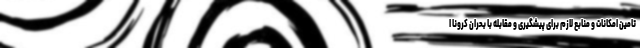
تامین امکانات و منابع لازم برای پیشگیری و مقابله با بحران کرونا ا